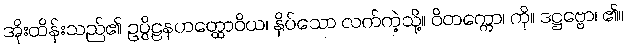
အိုးထိန်းသည်၏ ဥပ္ပိဠနဟတ္ထောဝိယ၊ နှိပ်သော လက်ကဲ့သို့။ ဝိတက္ကော၊ ကို။ ဒဋ္ဌဗ္ဗော၊ ၏။